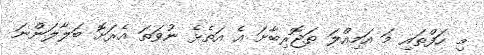
މި ހަފްތައި މަ އަމިއްލަ ތަޖޮރިބާށަ އެ އަތެޅެ ނުވަތަ އެރަށޮ ބަލާލަންނަ